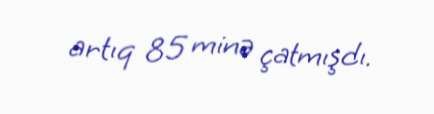
artıq 85 minə çatmışdı.